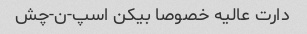
دارت عالیه خصوصا بیکن اسپ-ن-چش